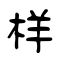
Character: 样